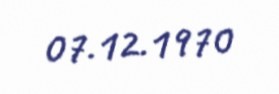
07.12.1970